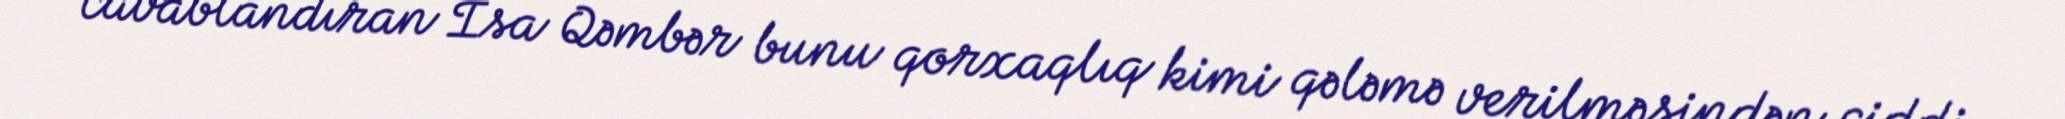
cavablandıran İsa Qəmbər bunu qorxaqlıq kimi qələmə verilməsindən ciddi